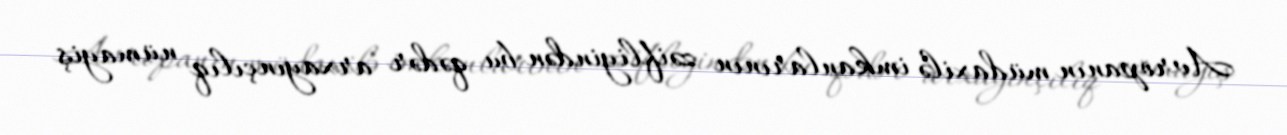
Avropanın müdaxilə imkanlarının zəifliyindən bu qədər arxayınçılıq nümayiş